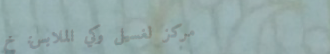
مركز لغسيل وكي الملابس: خ